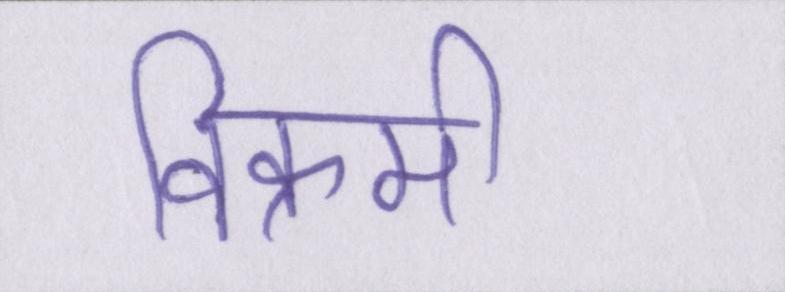
विक्रमी